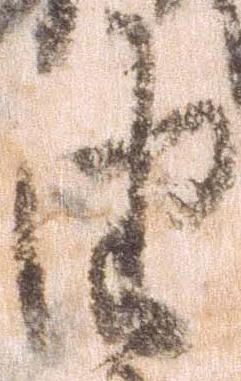
由